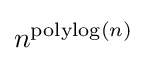
n^{\operatorname {polylog} (n)}